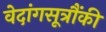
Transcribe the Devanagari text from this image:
वेदांगसूत्रौंकी